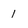
Character: 1